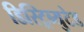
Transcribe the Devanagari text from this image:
डिस्ट्रिब्युटेड